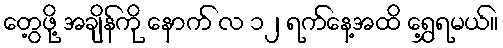
တွေ့ဖို့ အချိန်ကို နောက် လ ၁၂ ရက်နေ့အထိ ရွှေ့ရမယ်။